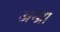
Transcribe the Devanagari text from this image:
अन्ग्रा